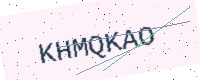
Text: KHMQKAO